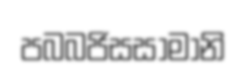
පබබජිසසාමානි